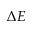
\Delta E